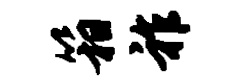
箱祚